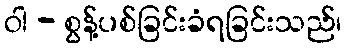
ဝါ - စွန့်ပစ်ခြင်းခံရခြင်းသည်၊